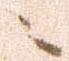
ニ